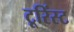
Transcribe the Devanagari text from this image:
टूरिंस्ट